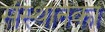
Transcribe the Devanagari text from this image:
संस्थानका